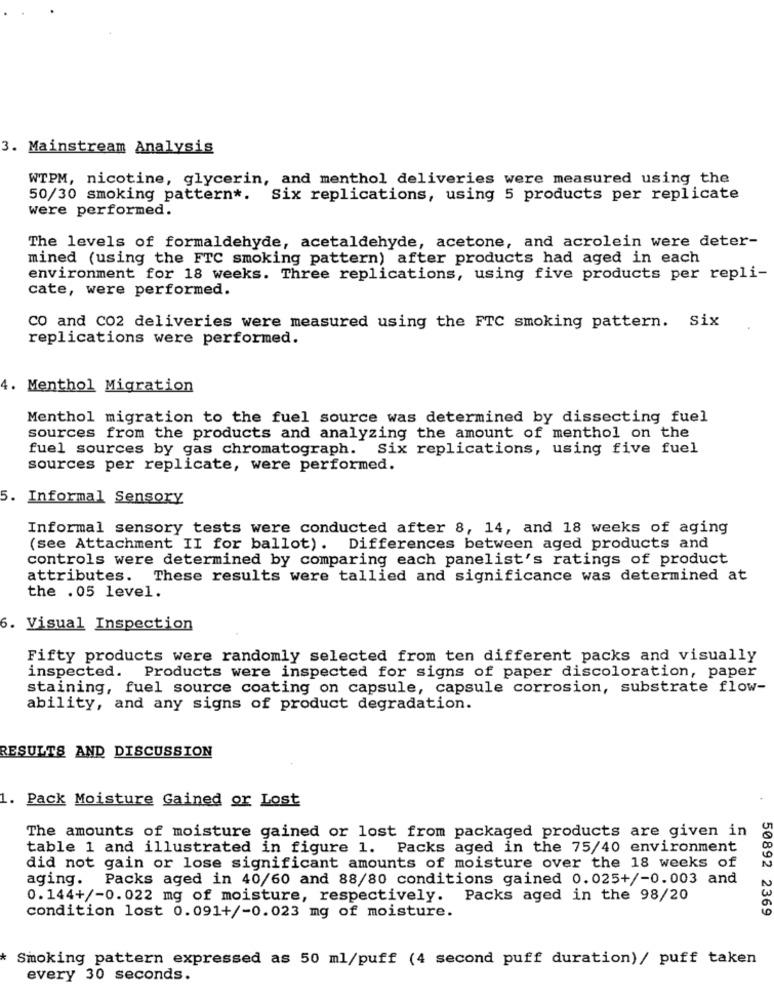
3. Mainstream Analysis
WTPM, nicotine, glycerin, and menthol deliveries were measured using the
50/30 smoking pattern *. Six replications, using 5 products per replicate
were performed.
The levels of formaldehyde, acetaldehyde, acetone, and acrolein were deter-
mined (using the FTC smoking pattern) after products had aged in each
environment for 18 weeks. Three replications, using five products per repli-
cate, were performed.
CO and CO2 deliveries were measured using the FTC smoking pattern. Six
replications were performed.
4. Menthol Migration
Menthol migration to the fuel source was determined by dissecting fuel
sources from the products and analyzing the amount of menthol on the
fuel sources by gas chromatograph. Six replications, using five fuel
sources per replicate, were performed.
5. Informal Sensory
Informal sensory tests were conducted after 8, 14, and 18 weeks of aging
(see Attachment II for ballot). Differences between aged products and
controls were determined by comparing each panelist's ratings of product
attributes. These results were tallied and significance was determined at
the . 05 level.
6. Visual Inspection
Fifty products were randomly selected from ten different packs and visually
inspected. Products were inspected for signs of paper discoloration, paper
staining, fuel source coating on capsule, capsule corrosion, substrate flow-
ability, and any signs of product degradation.
RESULTS AND DISCUSSION
1. Pack Moisture Gained or Lost
The amounts of moisture gained or lost from packaged products are given in
table 1 and illustrated in figure 1. Packs aged in the 75/40 environment
did not gain or lose significant amounts of moisture over the 18 weeks of
aging. Packs aged in 40/60 and 88/80 conditions gained 0.025+/-0.003 and
0. 144+/-0.022 mg of moisture, respectively. Packs aged in the 98/20
50892 2369
condition lost 0.091+/-0.023 mg of moisture.
Smoking pattern expressed as 50 ml/puff (4 second puff duration)/ puff taken
every 30 seconds.